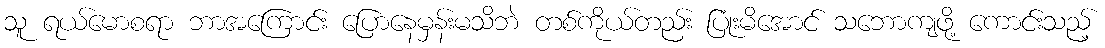
သူ ရယ်မောစရာ ဘာအကြောင်း ပြောနေမှန်းမသိဘဲ တစ်ကိုယ်တည်း ပြုံးမိအောင် သဘောကျဖို့ ကောင်းသည့်